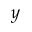
y